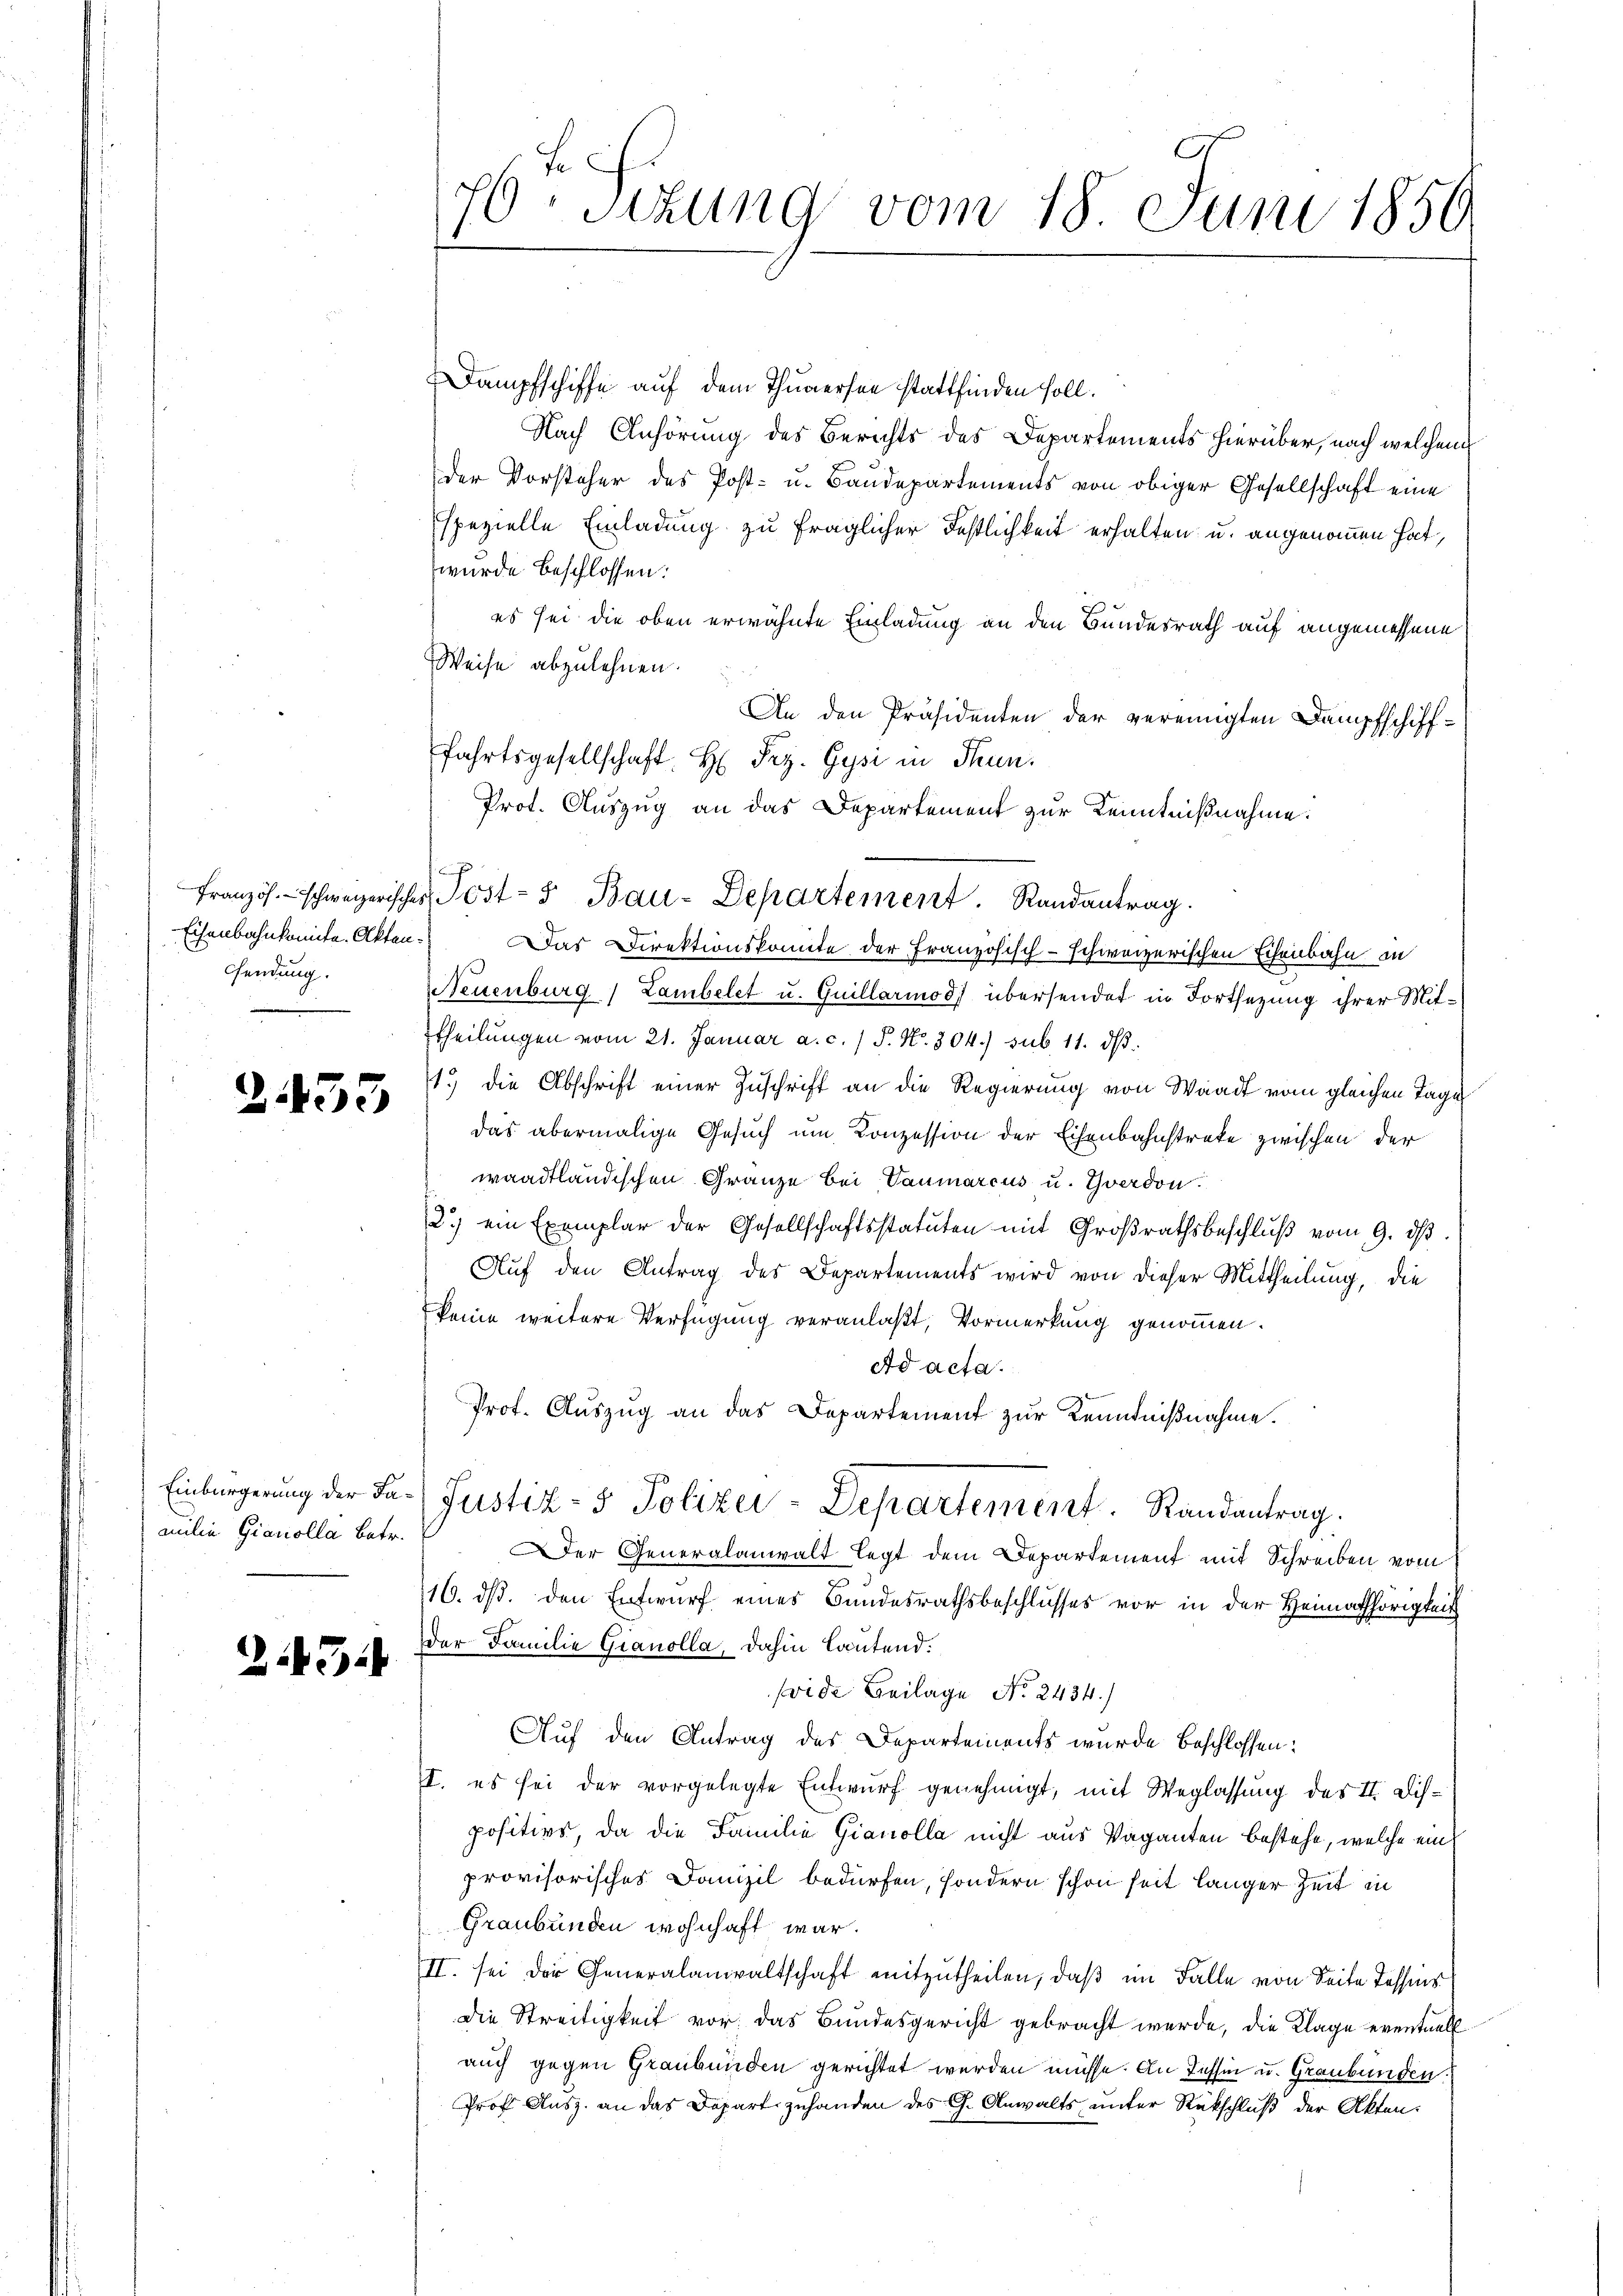
sendung.

2433

Einbürgerung der Familie Gianolla betr.

2143

70. Sitzung vom 18. Juni 1850

Dampfschiffe auf dem Thunersee stattfinden soll.
Nach Anhörung des Berichts des Departements hierüber, nach welchem
der Vorsteher des Post- u. Baudepartements von obiger Gesellschaft eine
spezielle Einladung zu fraglicher Festlichkeit erhalten u. angenommen hat,
wurde beschlossen:
es sei die oben erwähnte Einladung an den Bundesrath auf angemessene
Weise abzulehnen.
An den Präsidenten der vereinigten Dampfschifffahrtsgesellschaft H. Frz. Gysi in Stenn.
Prot. Auszug an das Departement zur Kenntnißnahme:
Eisenbahnkomite. Akten. Das Direktionskomite der Französisch-schweizerischen Eisenbahn in
Neuenburg / Lambelet u. Guillarios) übersendet in Fortsetzung ihrer Mittheilŭngen vom 21. Januar a. c. 1 S. Nr. 304.) sub 11. dβ.
1.) die Abschrift einer Zuschrift an die Regierung von Waadt vom gleichen Tage
das abermalige Gesuch um Conzession der Eisenbahnstreke zwischen der
waadtländischen Gränze bei Vaumarcus u. Yverdon.
2.) ein Exemplar der Gesellschaftsstatuten mit Großrathsbeschluß vom 9. ds.
Auf den Antrag des Departements wird von dieser Mittheilung, die
keine weitere Verfügung veranlaßt, Vormerkung genommen.
ad acta.
Prof. Auszug an das Departement zur Kenntnißnahme.
Justiz- & Polizei-Departement. Randantrag.
Der Generalanwalt legt dem Departement mit Schreiben vom
16. ds. den Entwurf eines Bundesrathsbeschlusses vor in der Heimathörigkeit
der Familie Gianolla, dahin lautend.
(vide Beilage No. 2434.)
Auf den Antrag des Departements wurde beschlossen:
I. es sei der vorgelegte Entwurf genehmigt, mit Weglassung des II. Dispositive, da die Familie Gianolla nicht aus Vaganten bestehe, welche ein
provisorisches Danzil bedürfen, sondern schon seit länger Zeit in
Graubünden wohnhaft war.
II. sei der Generalanwaltschaft mitzutheilen, daß im Falle von Seite Tessins
Die Streitigkeit vor, das Bundesgericht gebracht werde, die Klage eventuell
auch gegen Graubünden gerichtet werden müsse. An Tessin u. Graubünden.
Prof. Ausz. an das Depart zuhanden des C. Anwalts unter Rückschluß der Akten.

Französ. schweizerischer Post- u Bau-Departement. Randantrag.